Reports on military cantonments and civil stations in the Presidency of Bombay inspected by the Sanitary Commissioner in the years 1875 and 1876
Year: 1875
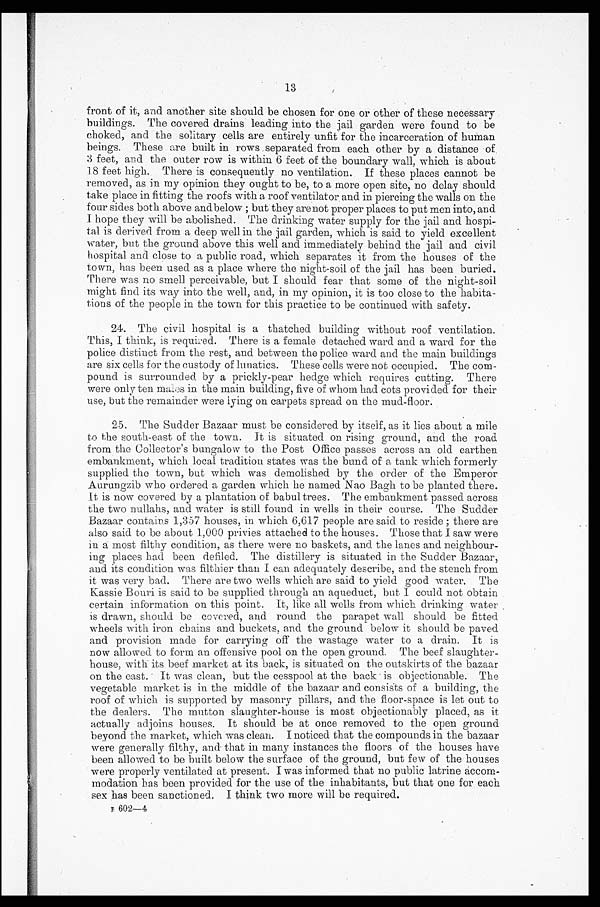
13
front of it, and another site should be chosen for one or other of these necessary
buildings. The covered drains leading into the jail garden were found to be
choked, and the solitary cells are entirely unfit for the incarceration of human
beings. These are built in rows separated from each other by a distance of
3 feet, and the outer row is within 6 feet of the boundary wall, which is about
18 feet high. There is consequently no ventilation. If these places cannot be
removed, as in my opinion they ought to be, to a more open site, no delay should
take place in fitting the roofs with a roof ventilator and in piercing the walls on the
four sides both above and below ; but they are not proper places to put men into, and
I hope they will be abolished. The drinking water supply for the jail and hospi-
tal is derived from a deep well in the jail garden, which is said to yield excellent
water, but the ground above this well and immediately behind the jail and civil
hospital and close to a public road, which separates it from the houses of the
town, has been used as a place where the night-soil of the jail has been buried.
There was no smell perceivable, but I should fear that some of the night-soil
might find its way into the well, and, in my opinion, it is too close to the habita-
tions of the people in the town for this practice to be continued with safety.
24. The civil hospital is a thatched building without roof ventilation.
This, I think, is required. There is a female detached ward and a ward for the
police distinct from the rest, and between the police ward and the main buildings
are six cells for the custody of lunatics. These cells were not occupied. The com-
pound is surrounded by a prickly-pear hedge which requires cutting. There
were only ten males in the main building, five of whom had cots provided for their
use, but the remainder were lying on carpets spread on the mud-floor:
25. The Sudder Bazaar must be considered by itself, as it lies about a mile
to the south-east of the town. It is situated on rising ground, and the road
from the Collector's bungalow to the Post Office passes across an old earthen
embankment, which local tradition states was the band of a tank which formerly
supplied the town, but which was demolished by the order of the Emperor
Aurungzib who ordered a garden which he named Nao Bagth to be planted there.
It is now covered by a plantation of babul trees. The embankment passed across
the two nullahs, and water is still found in wells in their course. The Sudder
Bazaar contains 1,357 houses, in which 6,617 people are said to reside ; there are
also said to be about 1,000 privies attached to the houses. Those that I saw were
in a most filthy condition, as there were no baskets, and the lanes and neighbour-
ing places had been defiled. The distillery is situated in the Sudder Bazaar,
and its condition was filthier than I can adequately describe, and the stench from
it was very bad. There are two wells which are said to yield good water. The
Kassie Bouri is said to be supplied through an aqueduct, but I could not obtain
certain information on this point. It, like all wells from which drinking water
is drawn, should be covered, and round the parapet wall should be fitted
wheels with iron chains and bucket, and the ground below it should be paved
and provision made for carrying off the wastage water to a drain. It is
now allowed to form an offensive pool on the open ground. The beef slaughter-
house, with its beef market at its back, is situated on the outskirts of the bazaar
on the east. It was clean, but the cesspool at the back is objectionable. The
vegetable market is in the middle of the bazaar and consists of a building, the
roof of which is supported by masonry pillars, and the floor-space is let out to
the dealers. The mutton slaughter-house is most objectionably placed, as it
actually adjoins houses. It should be at once removed to the open ground
beyond the market, which was clean. I noticed that the compounds in the bazaar
were generally filthy, and that in many instances the floors of the houses have
been allowed to be built below the surface of the ground, but few of the houses
were properly ventilated at present. I was informed that no public latrine accom-
modation has been provided for the use of the inhabitants, but that one for each
sex has been sanctioned. I think two more will be required.
602― 4